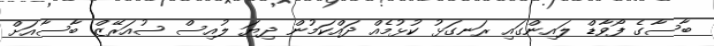
ބާސާގެ ފޯވާޑް ލައިންގައި ރަނގަޅު ކުޅުމެއް ދައްކަމުން ދިޔަ ލުއިސް ސުއަރޭޒް ބާސާއަށް